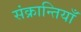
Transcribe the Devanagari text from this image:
संक्रान्तियाँ